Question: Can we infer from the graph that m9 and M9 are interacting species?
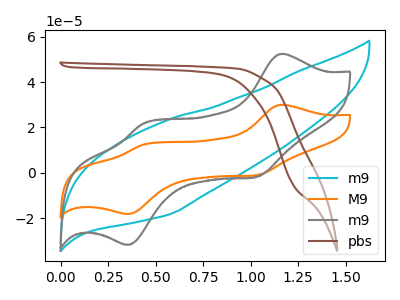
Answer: <think>The cyan curve "m9" has no peaks. The orange curve "M9" has anodic peaks at (1.15V, 30.00uA) (0.45V, 12.40uA) and cathodic peaks at (1.05V, -1.05uA) (0.35V, -18.15uA). The gray curve "m9" has anodic peaks at (1.15V, 52.45uA) (0.45V, 21.70uA) and cathodic peaks at (1.05V, -1.80uA) (0.35V, -31.80uA). The brown curve "pbs" has no peaks.
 All the peaks in "m9" have a peak in "M9" at the same potential. Every peak in "m9" is higher than every peak in "M9".</think>
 <answer>No, "m9" and "M9" don't appear to be significantly different in shape</answer>
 <eval>no_change</eval>